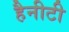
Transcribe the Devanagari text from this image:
हैनीटी